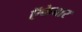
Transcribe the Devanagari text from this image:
ऍकेबार